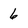
Character: 6